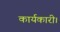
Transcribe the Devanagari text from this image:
कार्यकारी।